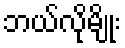
ဘယ်လိုမျိုး